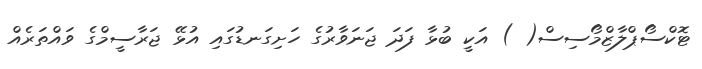
ޓޮކްސޯޕްލާޒްމޯސިސް( ) އަކީ ބުޅާ ފަދަ ޖަނަވާރުގެ ހަށިގަނޑުގައި އުޅޭ ޖަރާސީމްގެ ވައްތަރެއް